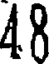
48